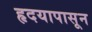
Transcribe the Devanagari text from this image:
हृदयापासून